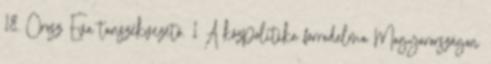
18. Orosz Éva tanszékvezető. 1 A közpolitika forradalma Magyarországon